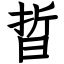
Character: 晢